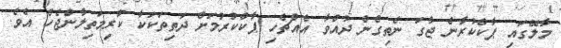
މާލޭގައި ޕާކްކުރާނެ ޖާގަ ނެތިގެން ދުއްވާ އެއްޗެހި ޕާކްކުރުމަށް ދަތިތަކަކާ ކުރިމަތިލާންޖެހެ އެވެ.